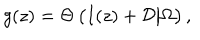
LaTeX: g ( z ) = \Theta \left( I ( z ) + { \cal D } \big | \Omega \right) ,